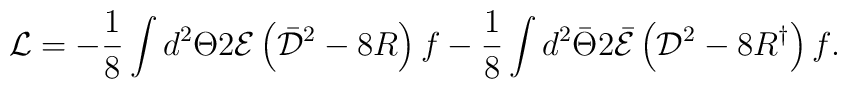
{\mathcal{L}}=-\frac{1}{8}\int{d^{2}\Theta2{\mathcal{E}}\left(\bar{\mathcal{D}}^{2}-8R\right)f}-\frac{1}{8}\int{d^{2}\bar\Theta2\bar{\mathcal{E}}\left({\mathcal{D}}^{2}-8R^{\dagger}\right)f}.